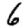
Digit: 6